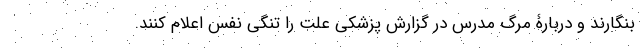
بنگارند و دربارۀ مرگ مدرس در گزارش پزشکی علت را تنگی نفس اعلام کنند.